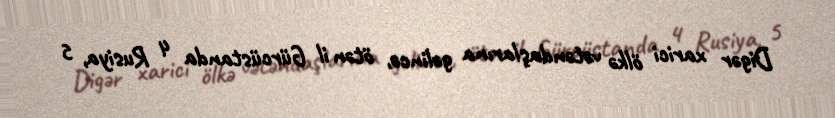
Digər xarici ölkə vətəndaşlarına gəlincə, ötən il Gürcüstanda 4 Rusiya, 5